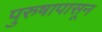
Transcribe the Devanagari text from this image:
पुरुषापासून